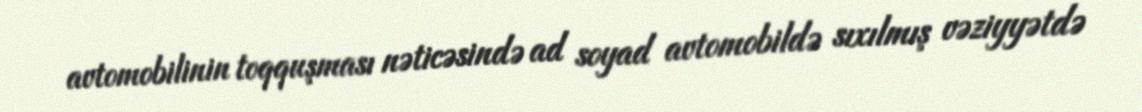
avtomobilinin toqquşması nəticəsində ad soyad avtomobildə sıxılmış vəziyyətdə